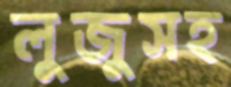
লুজুসহ